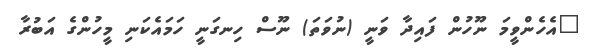
"އެހެންވީމަ ނޫހުން ފައިދާ ވަނީ (ނުވަތަ) ނޫސް ހިނގަނީ ހަމައެކަނި މީހުންގެ އަބުރާ